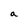
Character: a